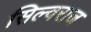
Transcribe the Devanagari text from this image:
सिल्वराज